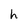
Character: h